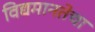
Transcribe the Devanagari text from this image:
विद्यमानतेचा